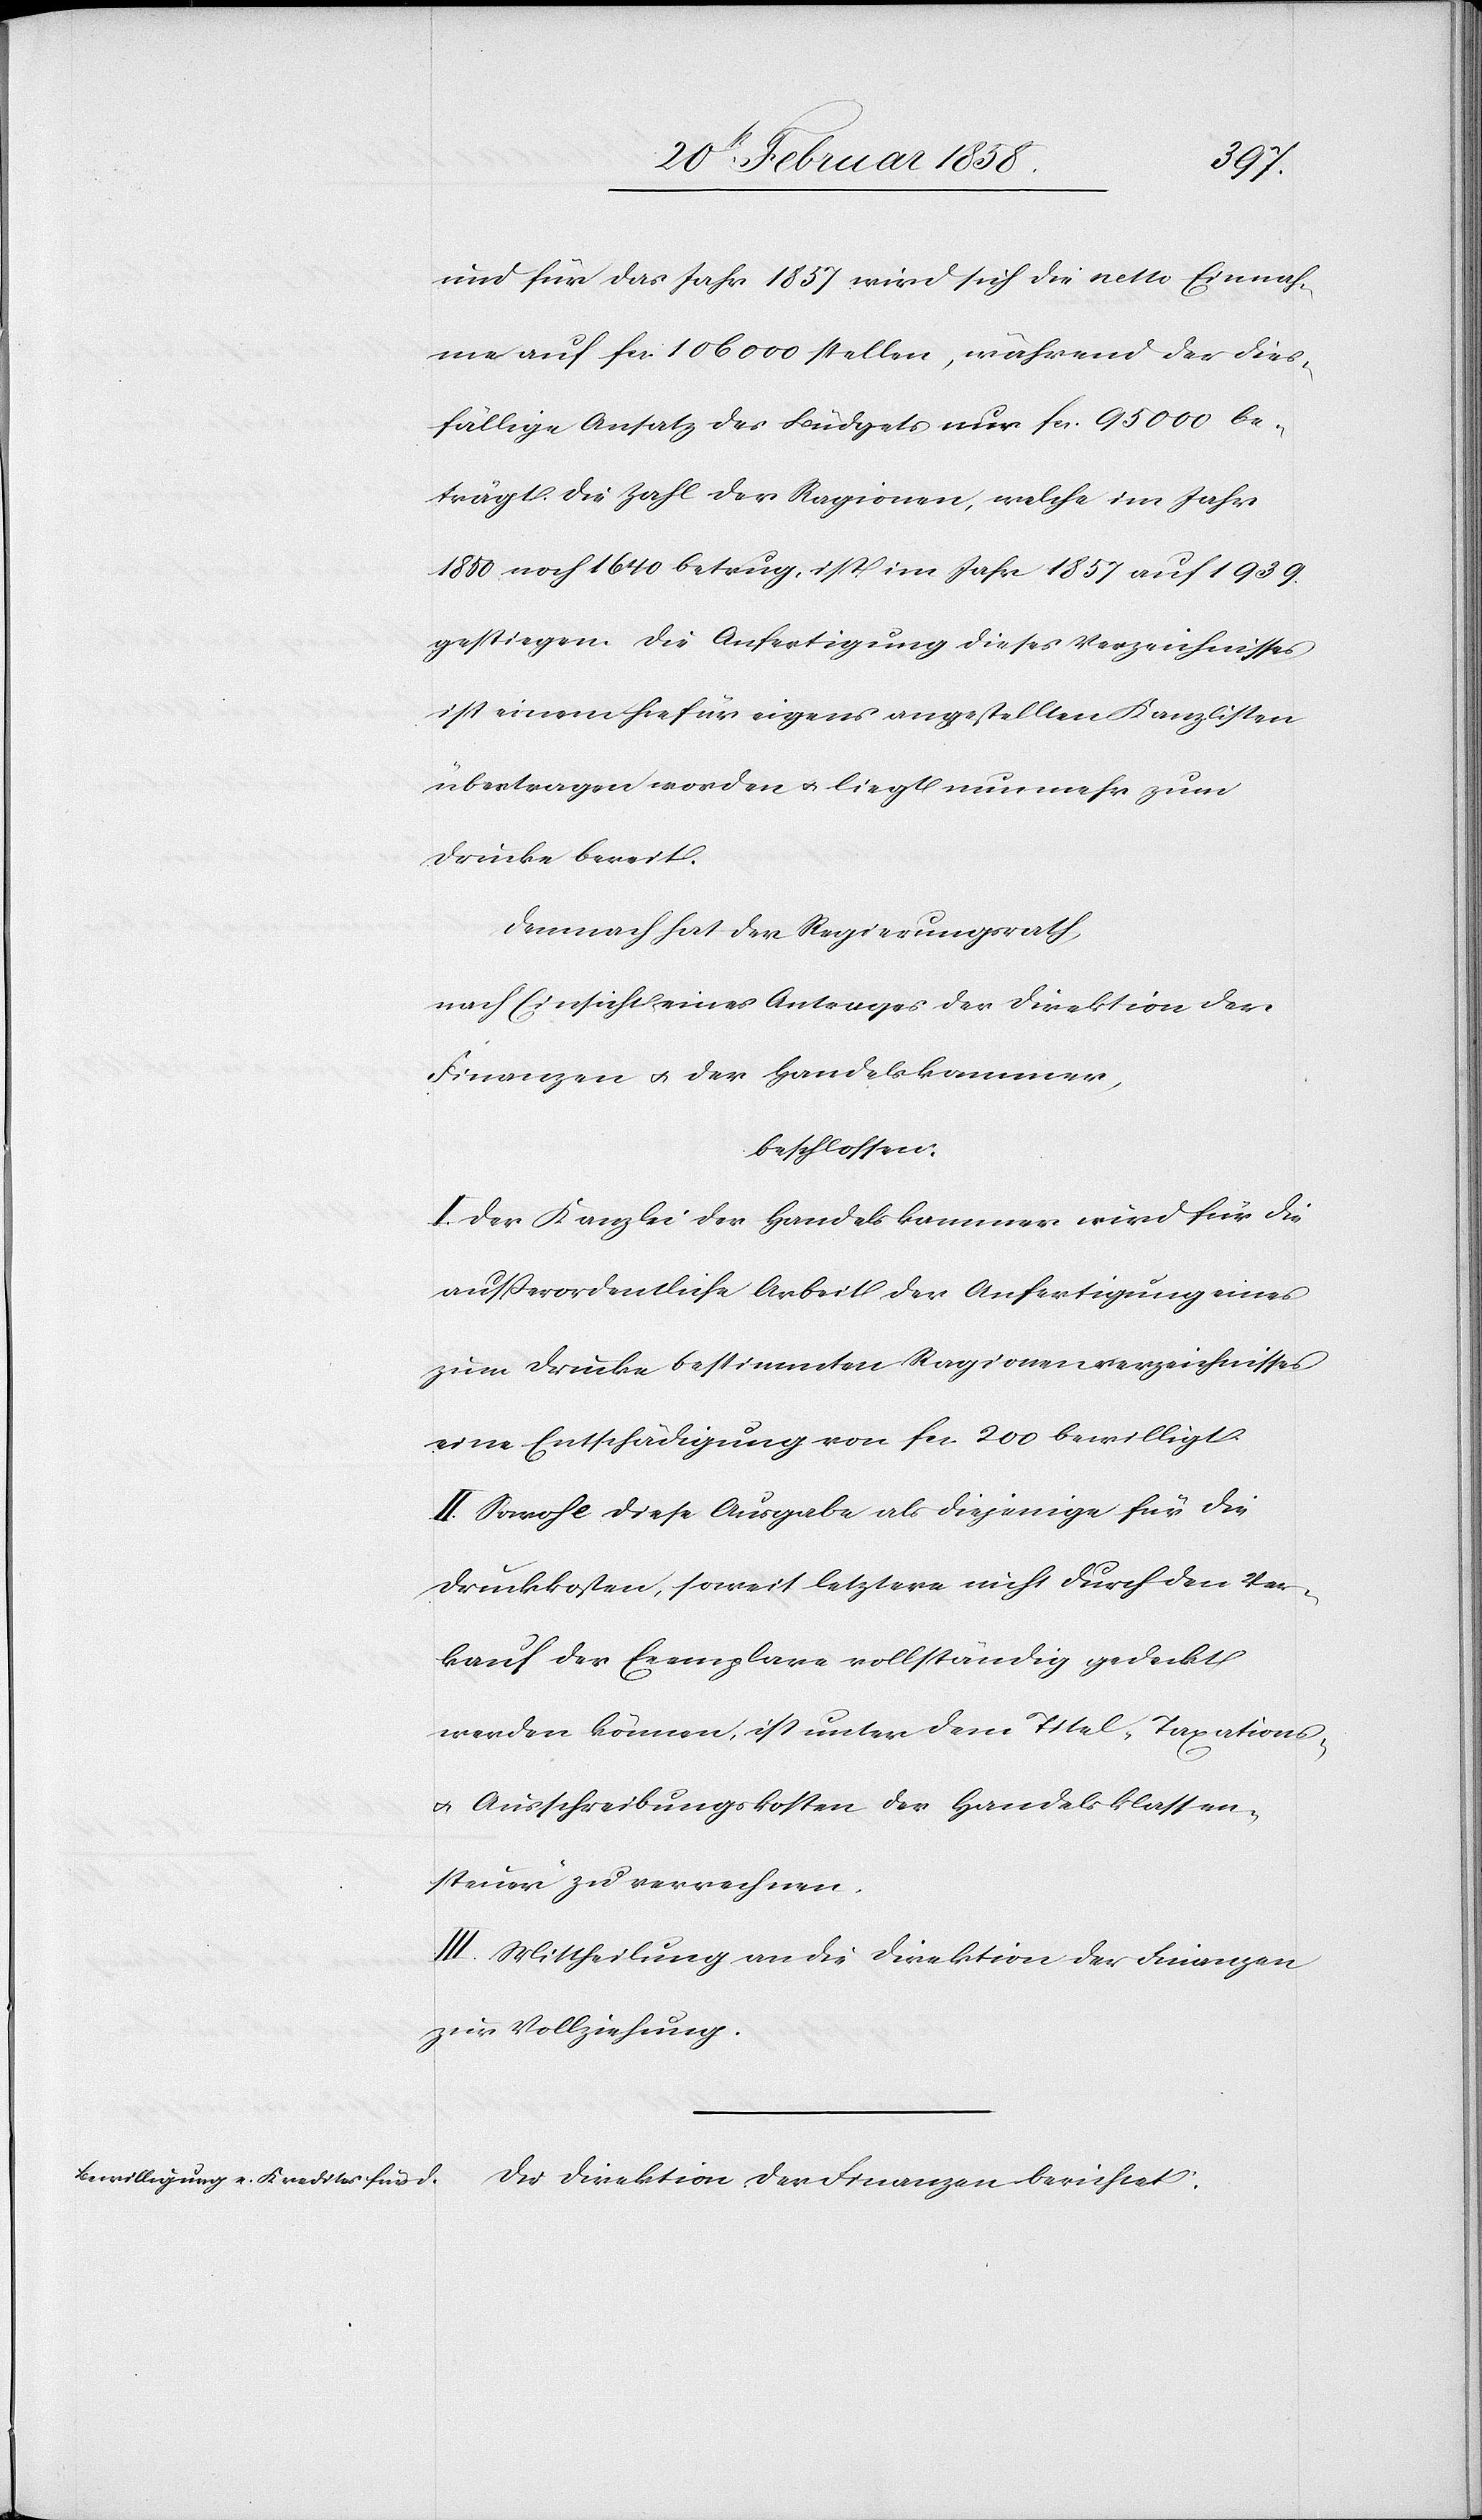
und für das Jahr 1857 wird sich die netto Einnah¬
me auf fcs. 106 000 stellen, während der dies¬
fällige Ansatz des Büdgets nur fcs. 95 000 be¬
trägt. Die Zahl der Ragionen, welche im Jahr
1850 noch 1640 betrug, ist im Jahr 1857 auf 1939
gestiegen. Die Anfertigung dieses Verzeichnisses
ist einem hiefür eigens angestellten Kanzlisten
übertragen worden u. liegt nunmehr zum
Drucke bereit.
Demnach hat der Regierungsrath,
nach Einsicht eines Antrages der Direktion der
Finanzen u. der Handelskammer,
beschlossen:
I. Der Kanzlei der Handelskammer wird für die
außerordentliche Arbeit der Anfertigung eines
zum Drucke bestimmten Ragionenverzeichnisses
eine Entschädigung von fcs. 200 bewilligt.
II. Sowohl diese Ausgabe als diejenige für die
Druckkosten, soweit letztere nicht durch den Ver¬
kauf der Exemplare vollständig gedeckt
werden können, ist unter dem Titel „Taxations-
u. Ausschreibungskosten der Handelsklassen¬
steuer“ zu verrechnen.
III. Mittheilung an die Direktion der Finanzen
zur Vollziehung.
Die Direktion der Finanzen berichtet: